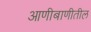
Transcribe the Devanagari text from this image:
आणीबाणीतील